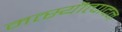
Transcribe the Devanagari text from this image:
मत्स्यॊत्पादन